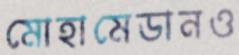
মোহামেডানও